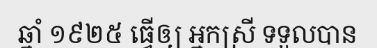
ឆ្នាំ ១៩២៥ ធ្វើឲ្យ អ្នកស្រី ទទួលបាន